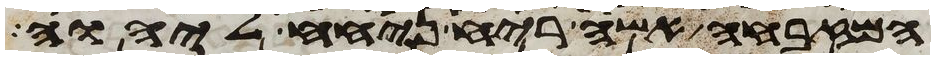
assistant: המזבחה אשה ריח ניחח ליהוה